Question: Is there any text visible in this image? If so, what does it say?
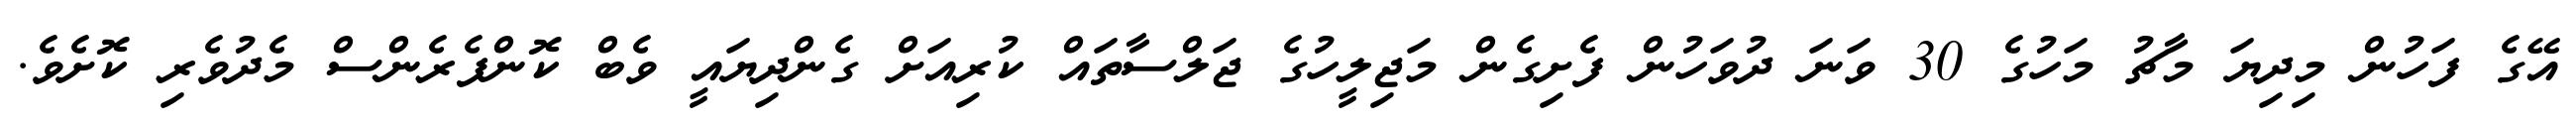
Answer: އޭގެ ފަހުން މިދިޔަ މާޗު މަހުގެ 30 ވަނަ ދުވަހުން ފެށިގެން މަޖިލީހުގެ ޖަލްސާތައް ކުރިއަށް ގެންދިޔައީ ވެބް ކޮންފެރެންސް މެދުވެރި ކޮށެވެ.